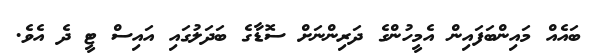
ބައެއް މައިންބަފައިން އެމީހުންގެ ދަރިންނަށް ސޮޑާގެ ބަދަލުގައި އައިސް ޓީ ދެ އެވެ.